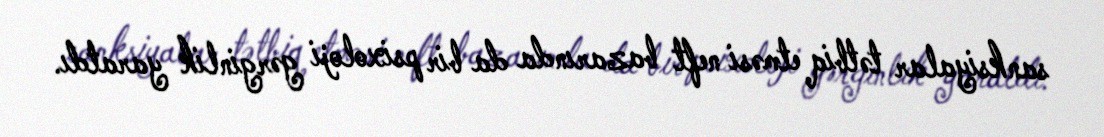
sanksiyalar tətbiq etməsi neft bazarında da bir psixoloji gərginlik yaratdı.